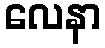
လေနာ